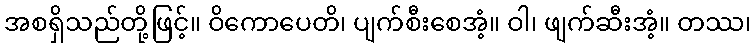
အစရှိသည်တို့ဖြင့်။ ဝိကောပေတိ၊ ပျက်စီးစေအံ့။ ဝါ၊ ဖျက်ဆီးအံ့။ တဿ၊